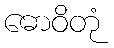
ဓောဝိတုံ